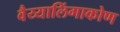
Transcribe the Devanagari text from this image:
वैय्यालिंगाकोण